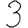
Digit: 3